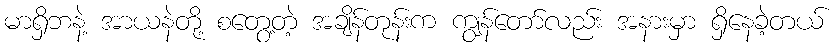
မာရှိဘနဲ့ အာယနဲတို့ စတွေ့တဲ့ အချိန်တုန်းက ကျွန်တော်လည်း အနားမှာ ရှိနေခဲ့တယ်